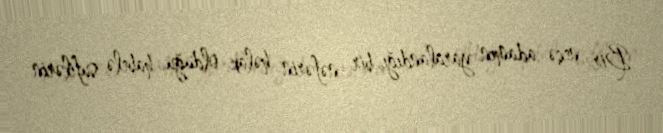
Bir neçə adamın yaralandığı, bir nəfərin həlak olduğu, habelə sufilərin